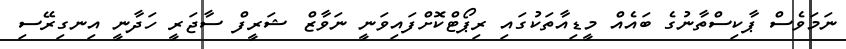
ނަމަވެސް ޕާކިސްތާނުގެ ބައެއް މީޑިއާތަކުގައި ރިޕޯޓްކޮށްްފައިވަނީ ނަވާޒް ޝަރީފް ސާޖަރީ ހަދާނީ އިނގިރޭސި